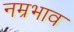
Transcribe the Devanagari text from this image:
नम्रभाव